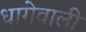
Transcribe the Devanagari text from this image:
धागेवाली